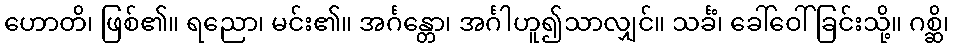
ဟောတိ၊ ဖြစ်၏။ ရညော၊ မင်း၏။ အင်္ဂန္တော၊ အင်္ဂါဟူ၍သာလျှင်။ သင်္ခံ၊ ခေါ်ဝေါ်ခြင်းသို့။ ဂစ္ဆိ၊